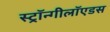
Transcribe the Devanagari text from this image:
स्ट्रॉन्गीलॉएडस